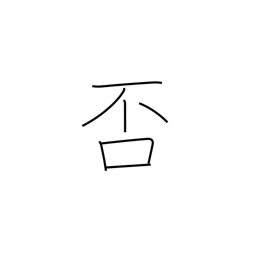
Meaning: decline